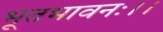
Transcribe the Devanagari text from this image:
भूतभावनः।।